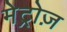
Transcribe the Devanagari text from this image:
मेट्रोज़